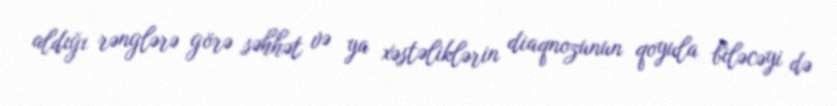
aldığı rənglərə görə səhhət və ya xəstəliklərin diaqnozunun qoyula biləcəyi də